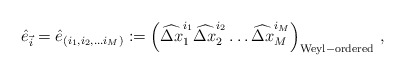
\begin{align*}\hat{e}_{\vec{i}} = \hat{e}_{(i_1, i_2, \ldots i_M)} :=\left(\widehat{\Delta x}_1^{i_1} \widehat{\Delta x}_2^{i_2} \ldots\widehat{\Delta x}_M^{i_M} \right)_{\rm Weyl-ordered}\,,\end{align*}